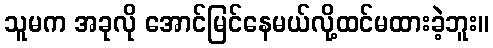
သူမက အခုလို အောင်မြင်နေမယ်လို့ထင်မထားခဲ့ဘူး။